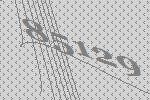
85129